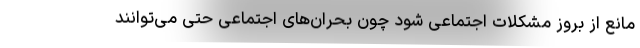
مانع از بروز مشکلات اجتماعی شود چون بحران‌های اجتماعی حتی می‌توانند